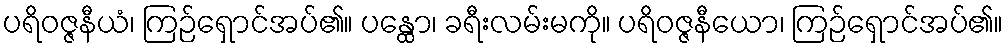
ပရိဝဇ္ဇနီယံ၊ ကြဉ်ရှောင်အပ်၏။ ပန္ထော၊ ခရီးလမ်းမကို။ ပရိဝဇ္ဇနီယော၊ ကြဉ်ရှောင်အပ်၏။